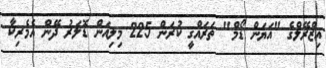
އިޒްރޭލްގެ "އަޔަން ޑޯމް" ތަރައްގީ ކުރަން 225 މިލިއަން ޑޮލަރު ދޭން އެމެރިކާ